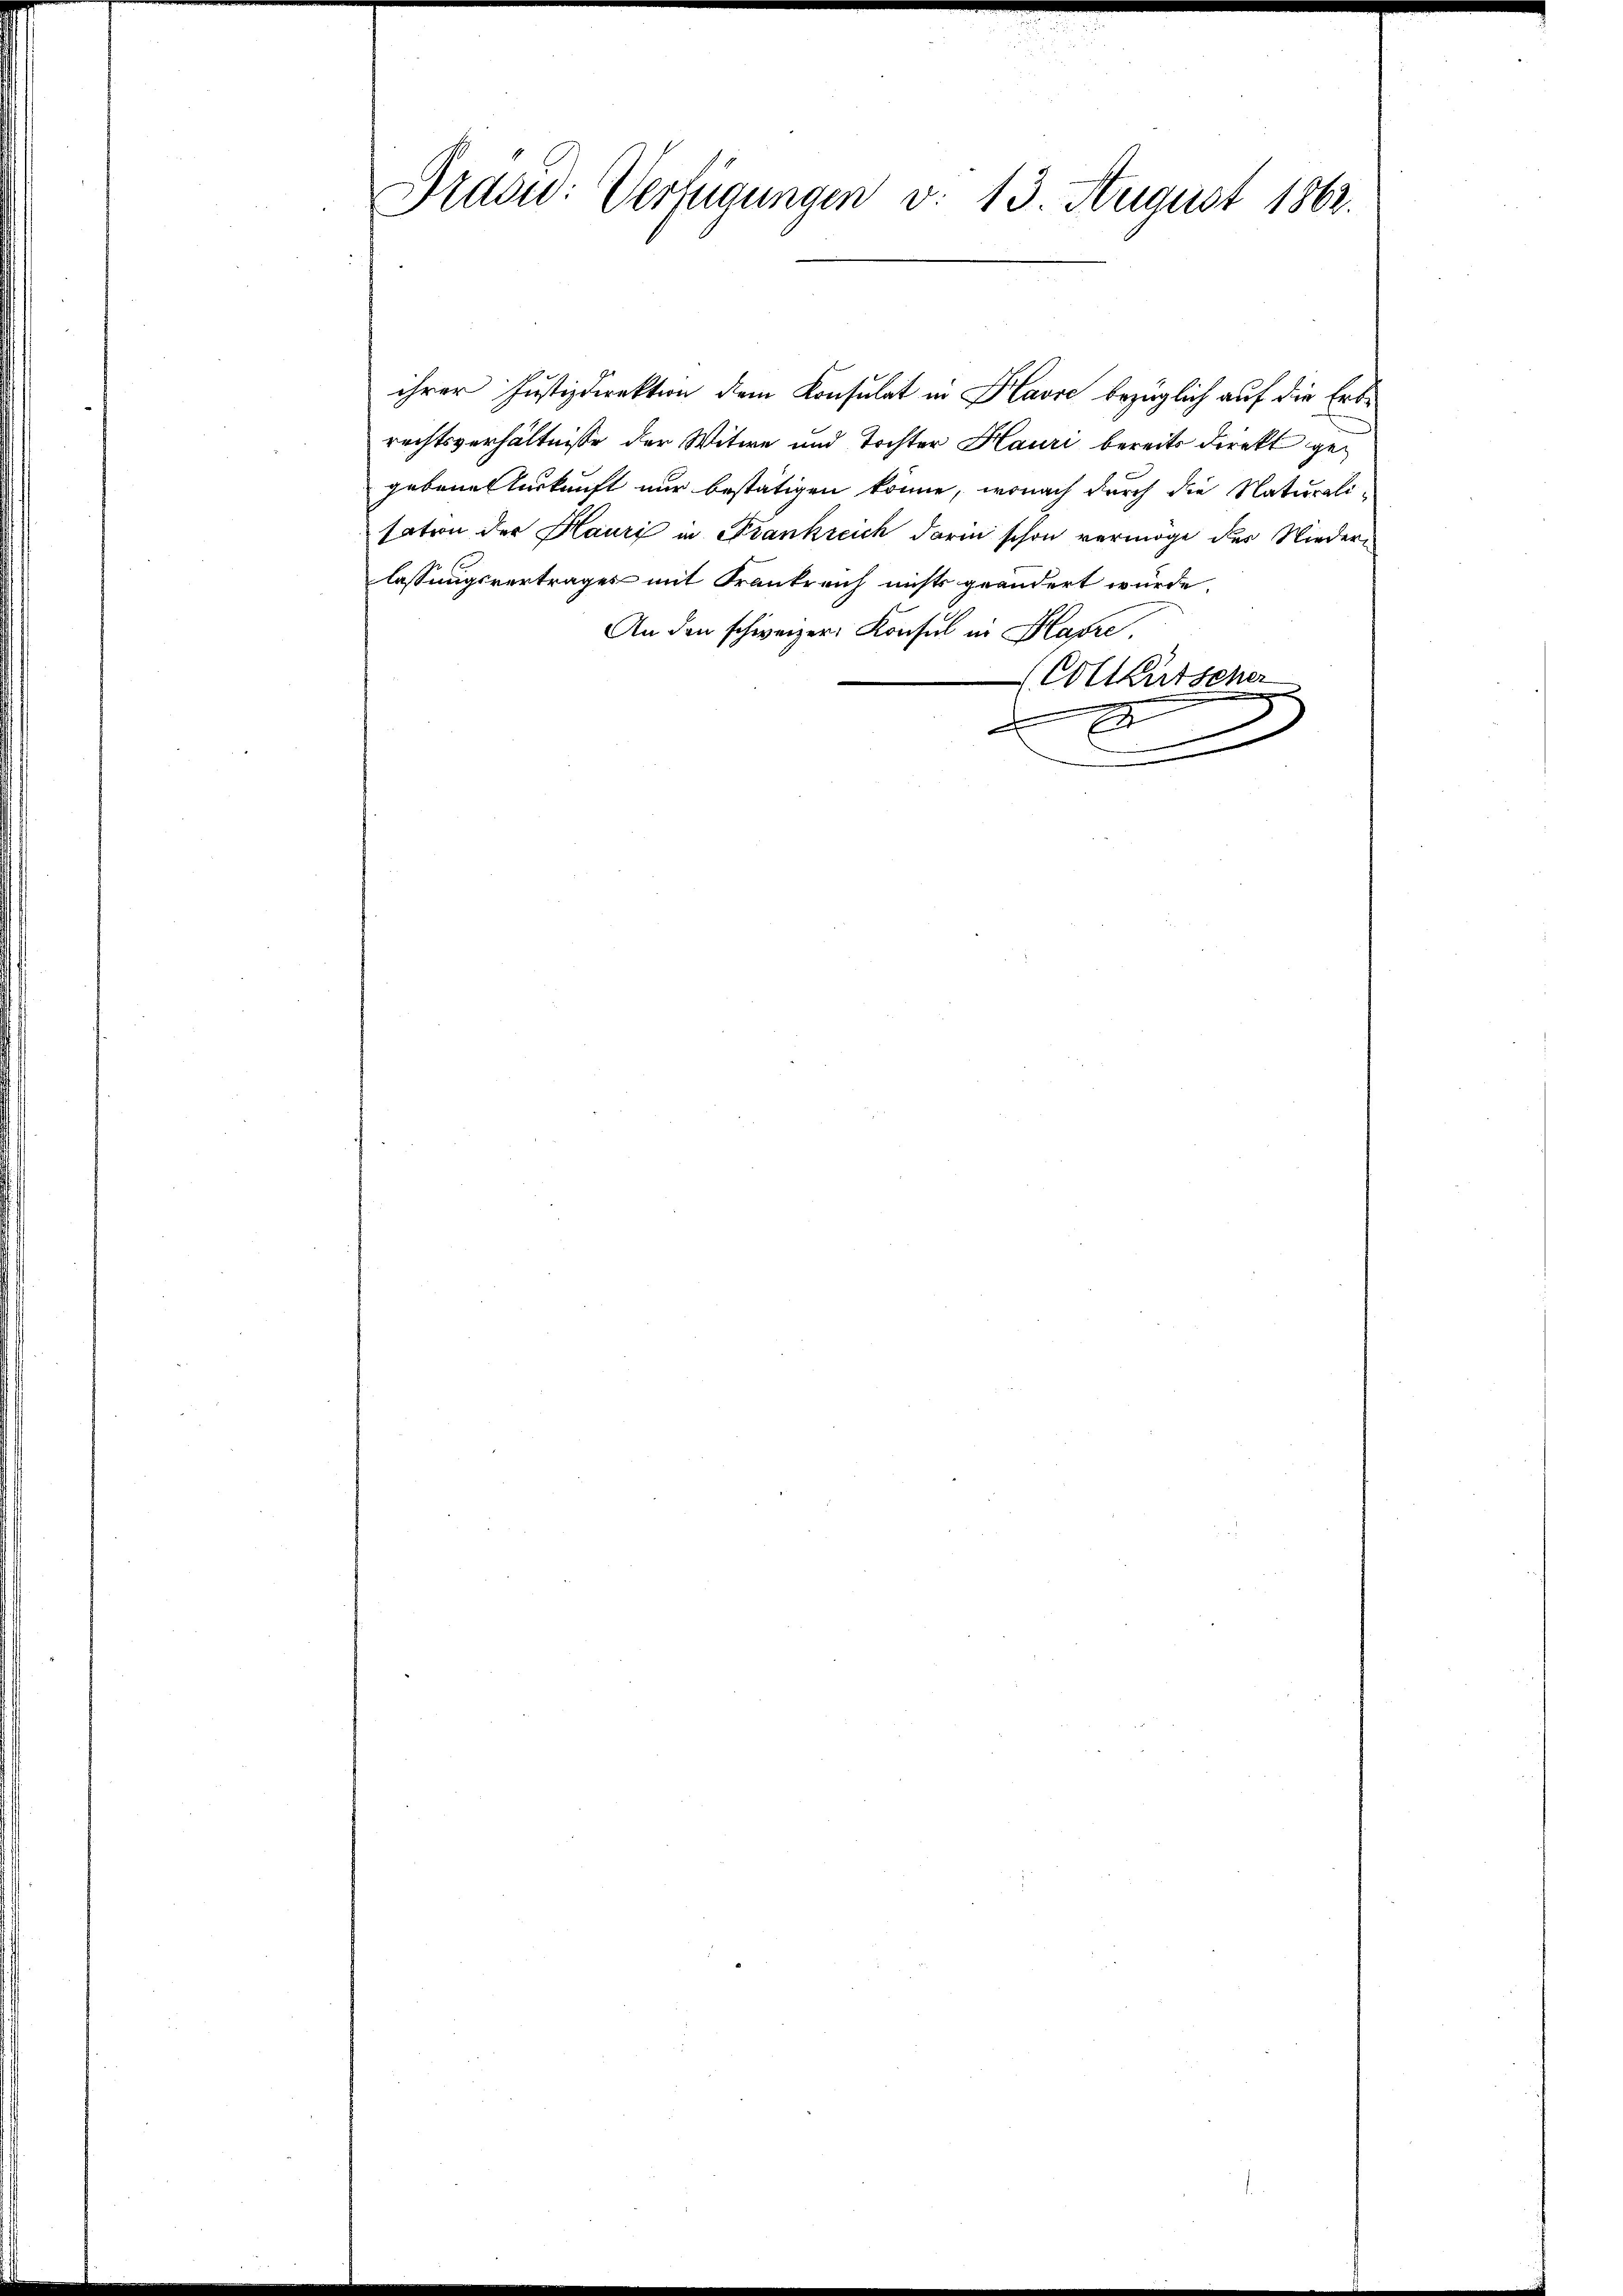
Pradid: Verfügungen v. 13. August 1862.

ihrer Justizdirektion dem Konsulat in Havre bezüglich auf die Erbrechtsverhältnisse der Witwe und Tochter Hauri bereits direkt gegebene Turkunft nur bestätigen könne, wonach durch die Naturalisation der Hauri in Frankreich darin schon vermöge der Niederlassungsvertrages mit Frankreich nichts geändert würde.
An den schweizer Konsul in Harze
(Colkutscher
F
E
u
.